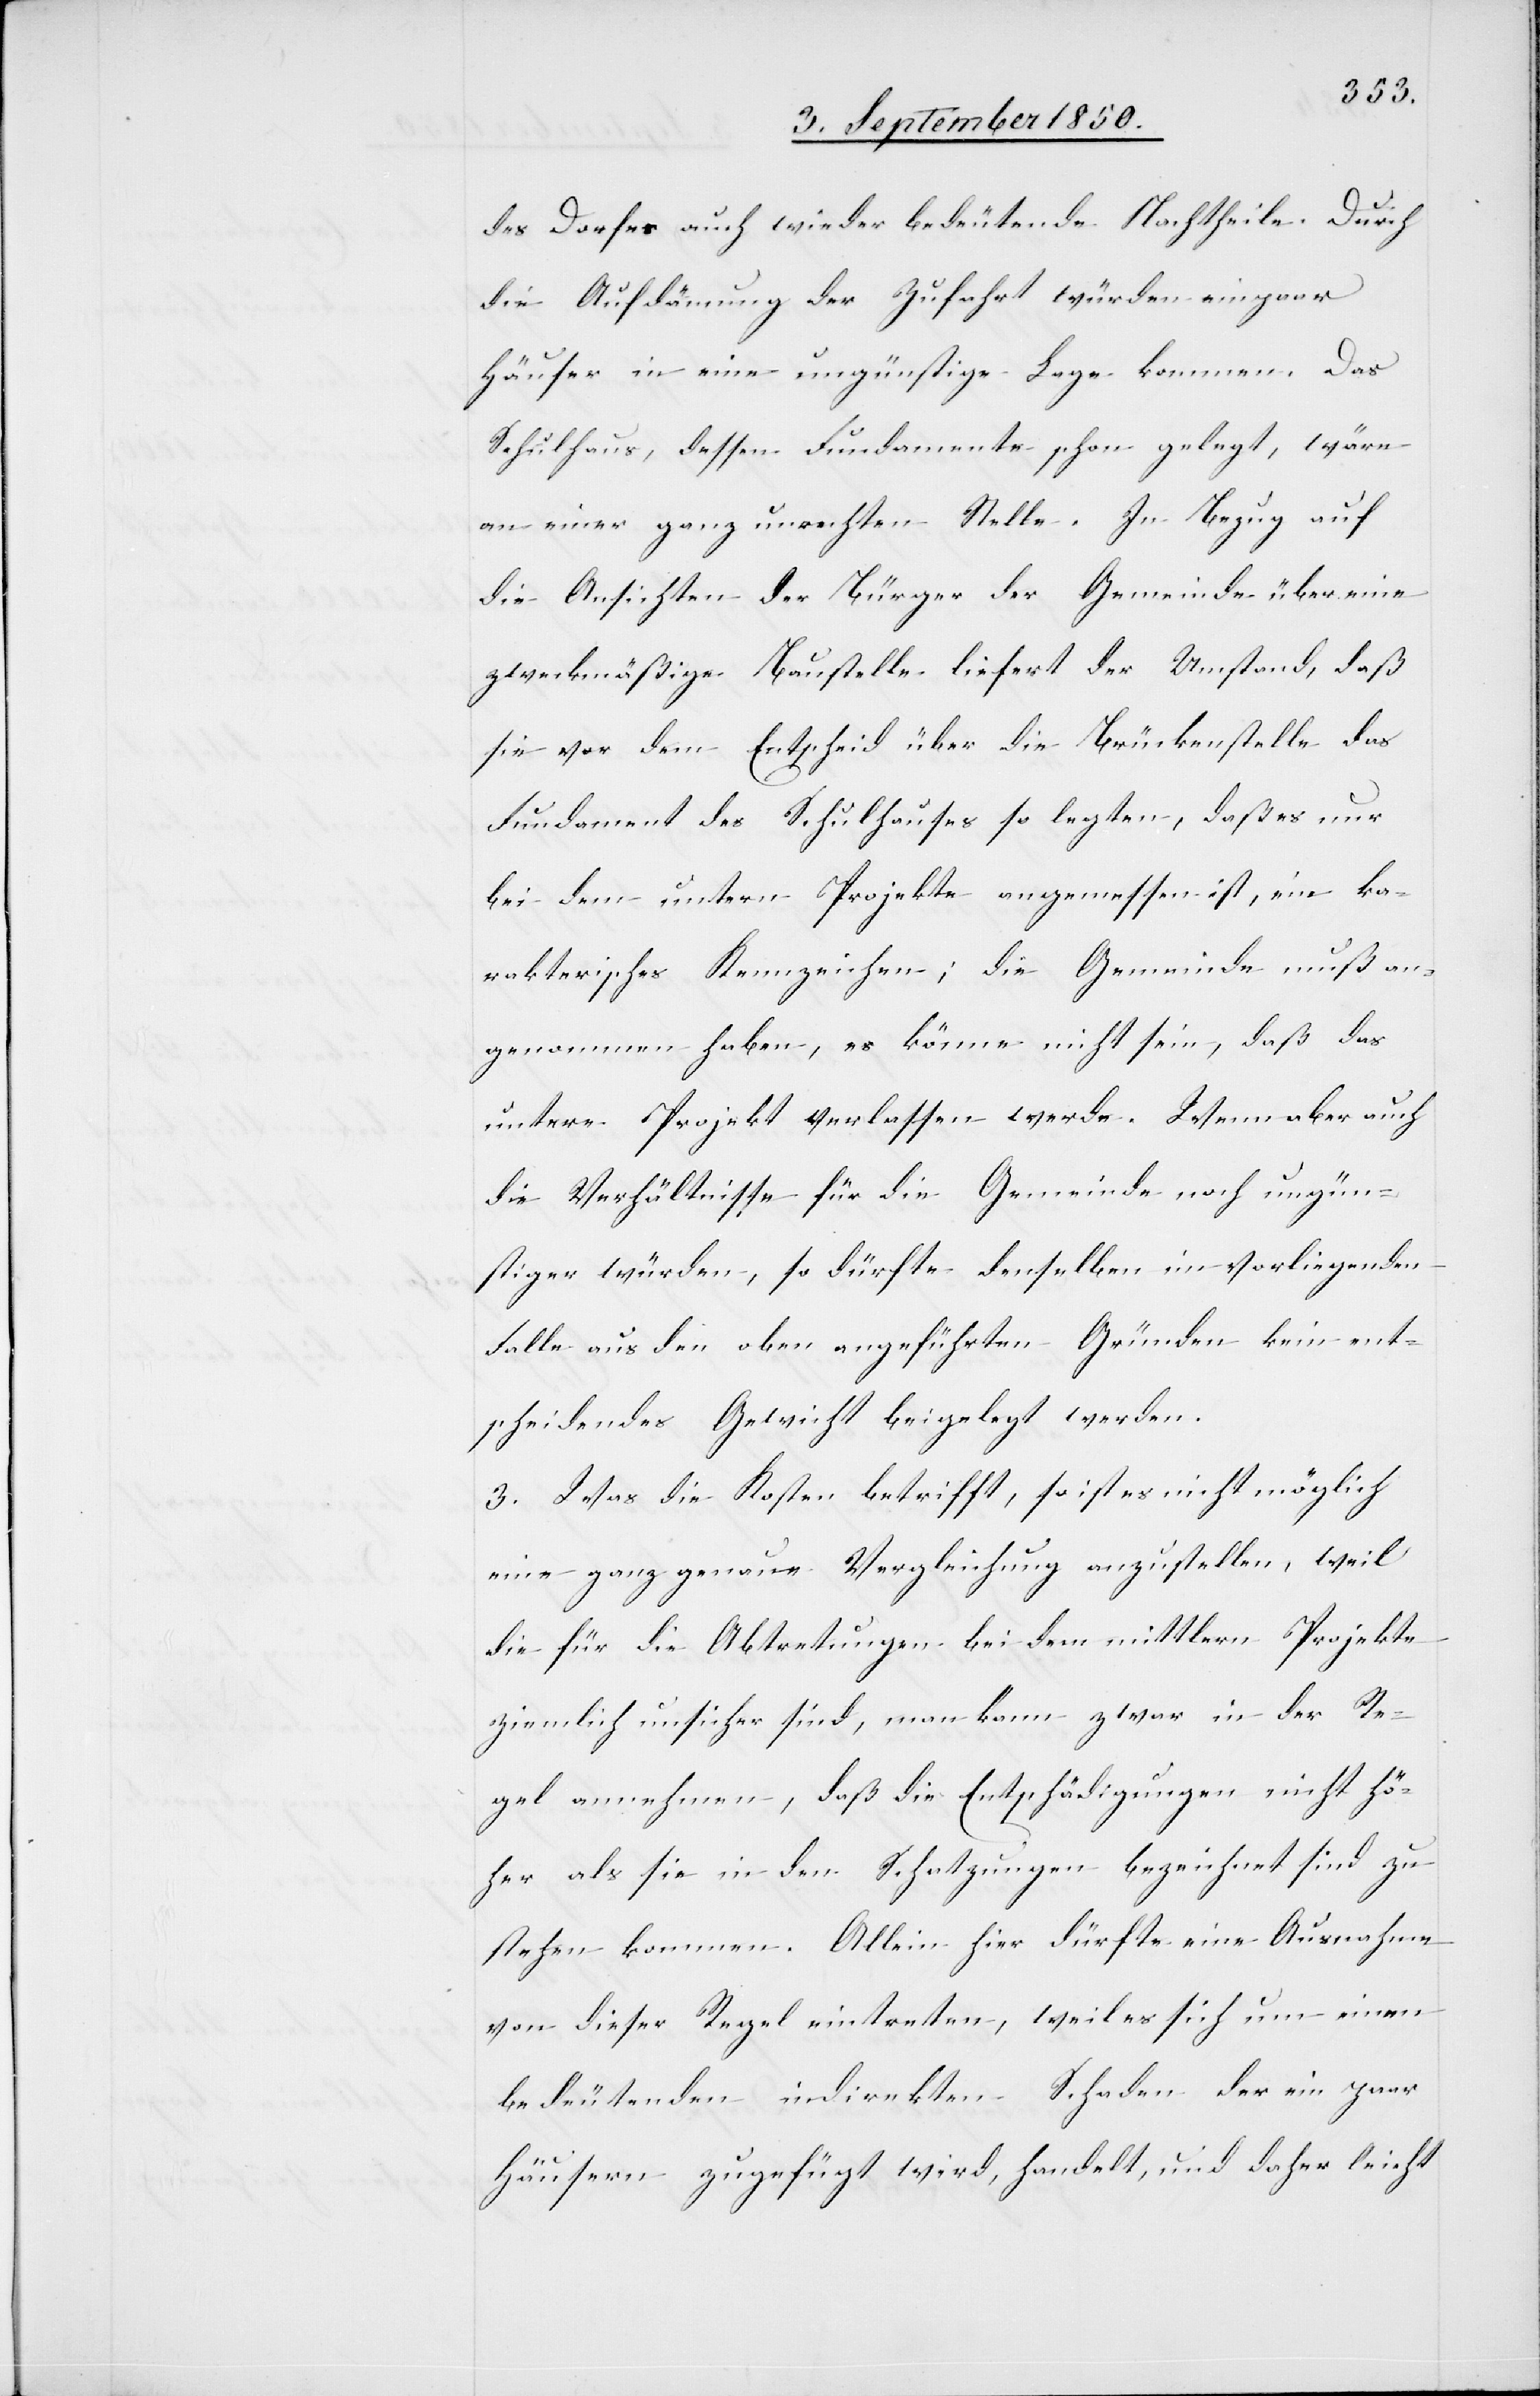
des Dorfes auch wieder bedeutende Nachtheile. Durch
die Aufdämung [sic!] der Zufahrt würden ein paar
Häuser in eine ungünstige Lage kommen. Das
Schulhaus, dessen Fundamente schon gelegt, wäre
an einer ganz unrechten Stelle. In Bezug auf
die Ansichten der Bürger der Gemeinde über eine
zweckmäßige Baustelle liefert der Umstand, daß
sie vor dem Entscheid über die Brückenstelle das
Fundament des Schulhauses so legten, daß es nur
bei dem untern Projekte angemessen ist, ein ka¬
rakterisches Kennzeichen; die Gemeinde muß an¬
genommen haben, es könne nicht sein, daß das
untere Projekt verlassen werde. Wenn aber auch
die Verhältnisse für die Gemeinde noch ungün¬
stiger würden, so dürfte denselben im vorliegenden
Falle aus den oben angeführten Gründen kein ent¬
scheidendes Gewicht beigelegt werden.
3. Was die Kosten betrifft, so ist es nicht möglich
eine ganz genaue Vergleichung anzustellen, weil
die für die Abtretungen bei dem mittlern Projekte
ziemlich unsicher sind, man kann zwar in der Re¬
gel annehmen, daß die Entschädigungen nicht hö¬
her als sie in den Schatzungen bezeichnet sind zu
stehen kommen. Allein hier dürfte eine Ausnahme
von dieser Regel eintreten, weil es sich um einen
bedeutenden indirekten Schaden der ein paar
Häusern zugefügt wird, handelt, und daher leicht